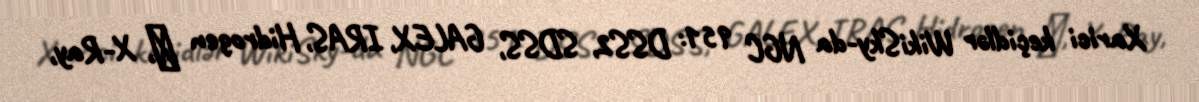
Xarici keçidlər WikiSky-da NGC 951: DSS2, SDSS, GALEX, IRAS, Hidrogen α, X-Ray,